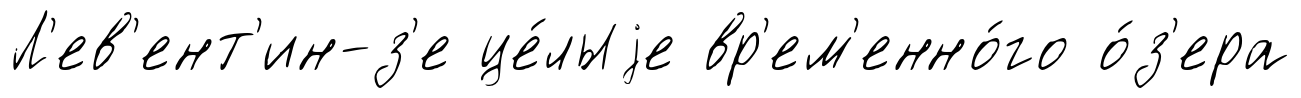
Л'ев'ент'ин-з'е це́лыjе вр'ем'енно́го о́з'ера